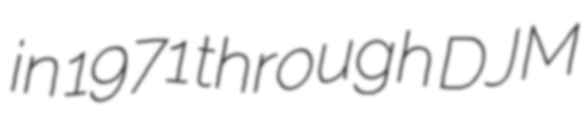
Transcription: in 1971 through DJM